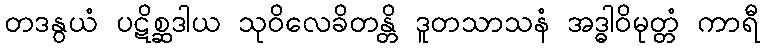
တဒနွယံ ပဋိစ္ဆဒါယ သုဝိလေခိတန္တိ ဒူတသာသနံ အဒ္ဓါဝိမုတ္တံ ကာရီ